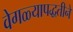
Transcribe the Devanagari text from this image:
वेगळ्यापद्धतीने